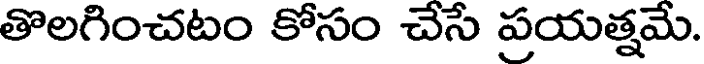
తొలగించటం కోసం చేసే ప్రయత్నమే.